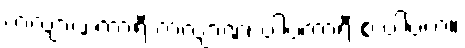
ကလျာဏကာရီ ကလျာဏံ၊ ပါပကာရီ စ ပါပကံ။